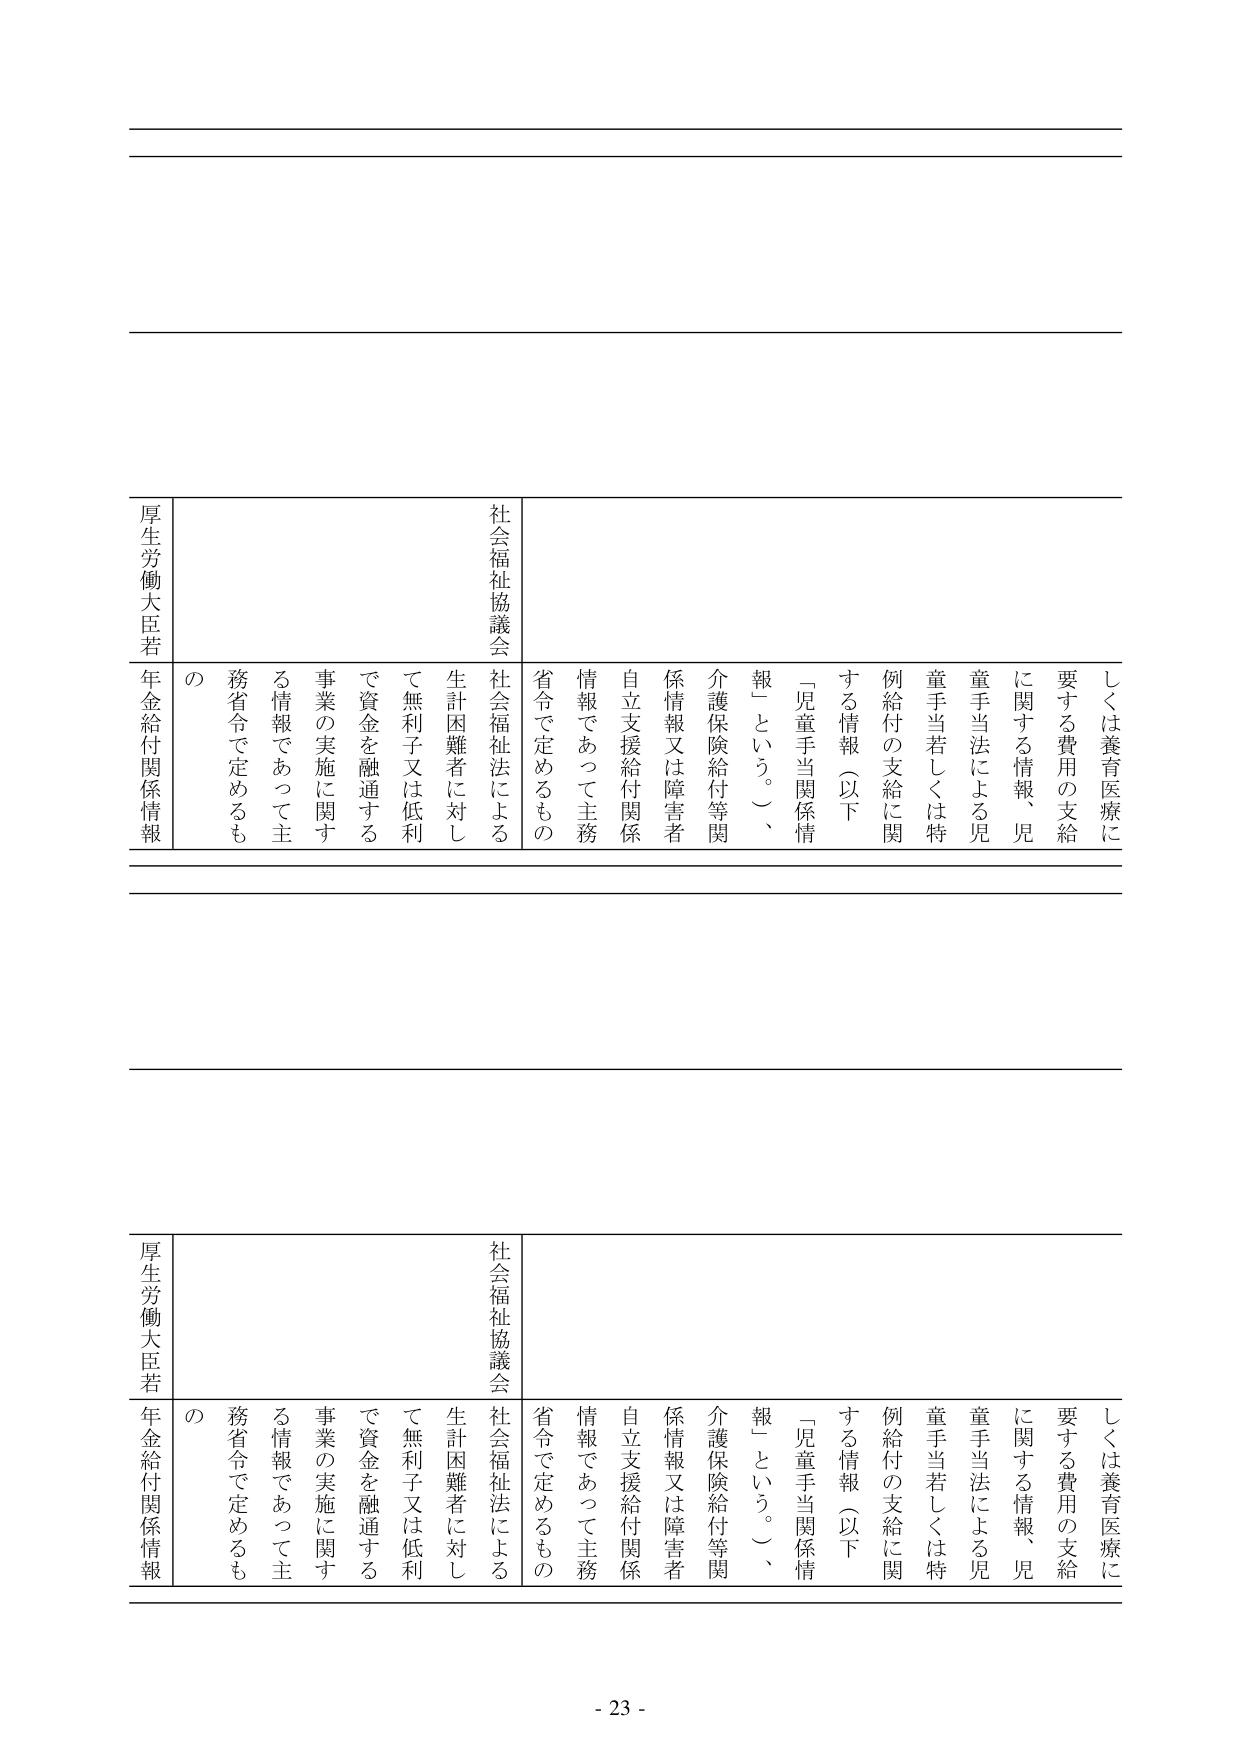
しくは養育医療に
要する費用の支給
に関する情報、児
童手当法による児
童手当若しくは特
例給付の支給に関
する情報（以下
「児童手当関係情
報」という。）、
介護保険給付等関
係情報又は障害者
自立支援給付関係
情報であって主務
省令で定めるもの

社会福祉協議会
社会福祉法による
生計困難者に対し
て無利子又は低利
で資金を融通する
事業の実施に関する
情報であって主
務省令で定めるも
の

厚生労働大臣若
年金給付関係情報

しくは養育医療に
要する費用の支給
に関する情報、児
童手当法による児
童手当若しくは特
例給付の支給に関
する情報（以下
「児童手当関係情
報」という。）、
介護保険給付等関
係情報又は障害者
自立支援給付関係
情報であって主務
省令で定めるもの

社会福祉協議会
社会福祉法による
生計困難者に対し
て無利子又は低利
で資金を融通する
事業の実施に関する
情報であって主
務省令で定めるも
の

厚生労働大臣若
年金給付関係情報

- 23 -